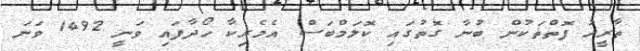
ތާރީޚު ފޮތްތަކުން ބުނާ ގޮތުގައި ކޮލަމްބަސް އެމެރިކާ ހޯދާފައި ވަނީ 1492 ވަނަ